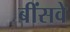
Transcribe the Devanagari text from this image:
बींसवे